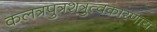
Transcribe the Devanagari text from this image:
कलत्रपुत्रशत्रुत्वकारणाय